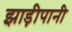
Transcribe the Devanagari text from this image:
झाड़ीपानी